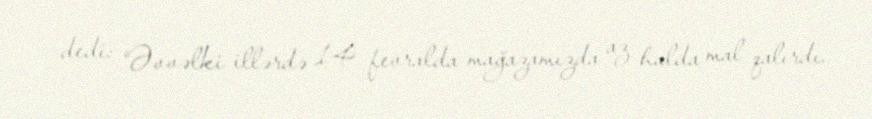
dedi: “Əvvəlki illərdə 14 fevralda mağazamızda az halda mal qalırdı.